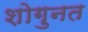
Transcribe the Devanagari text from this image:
शोगुनत